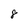
Character: 8